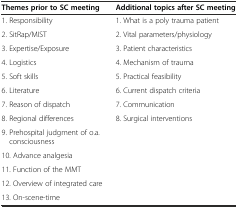
<table><thead><tr><td><b>Themes prior to SC meeting</b></td><td><b>Additional topics after SC meeting</b></td></tr></thead><tbody><tr><td>1. Responsibility</td><td>1. What is a poly trauma patient</td></tr><tr><td>2. SitRap/MIST</td><td>2. Vital parameters/physiology</td></tr><tr><td>3. Expertise/Exposure</td><td>3. Patient characteristics</td></tr><tr><td>4. Logistics</td><td>4. Mechanism of trauma</td></tr><tr><td>5. Soft skills</td><td>5. Practical feasibility</td></tr><tr><td>6. Literature</td><td>6. Current dispatch criteria</td></tr><tr><td>7. Reason of dispatch</td><td>7. Communication</td></tr><tr><td>8. Regional differences</td><td>8. Surgical interventions</td></tr><tr><td>9. Prehospital judgment of o.a. consciousness</td><td></td></tr><tr><td>10. Advance analgesia</td><td></td></tr><tr><td>11. Function of the MMT</td><td></td></tr><tr><td>12. Overview of integrated care</td><td></td></tr><tr><td>13. On-scene-time</td><td></td></tr></tbody></table>